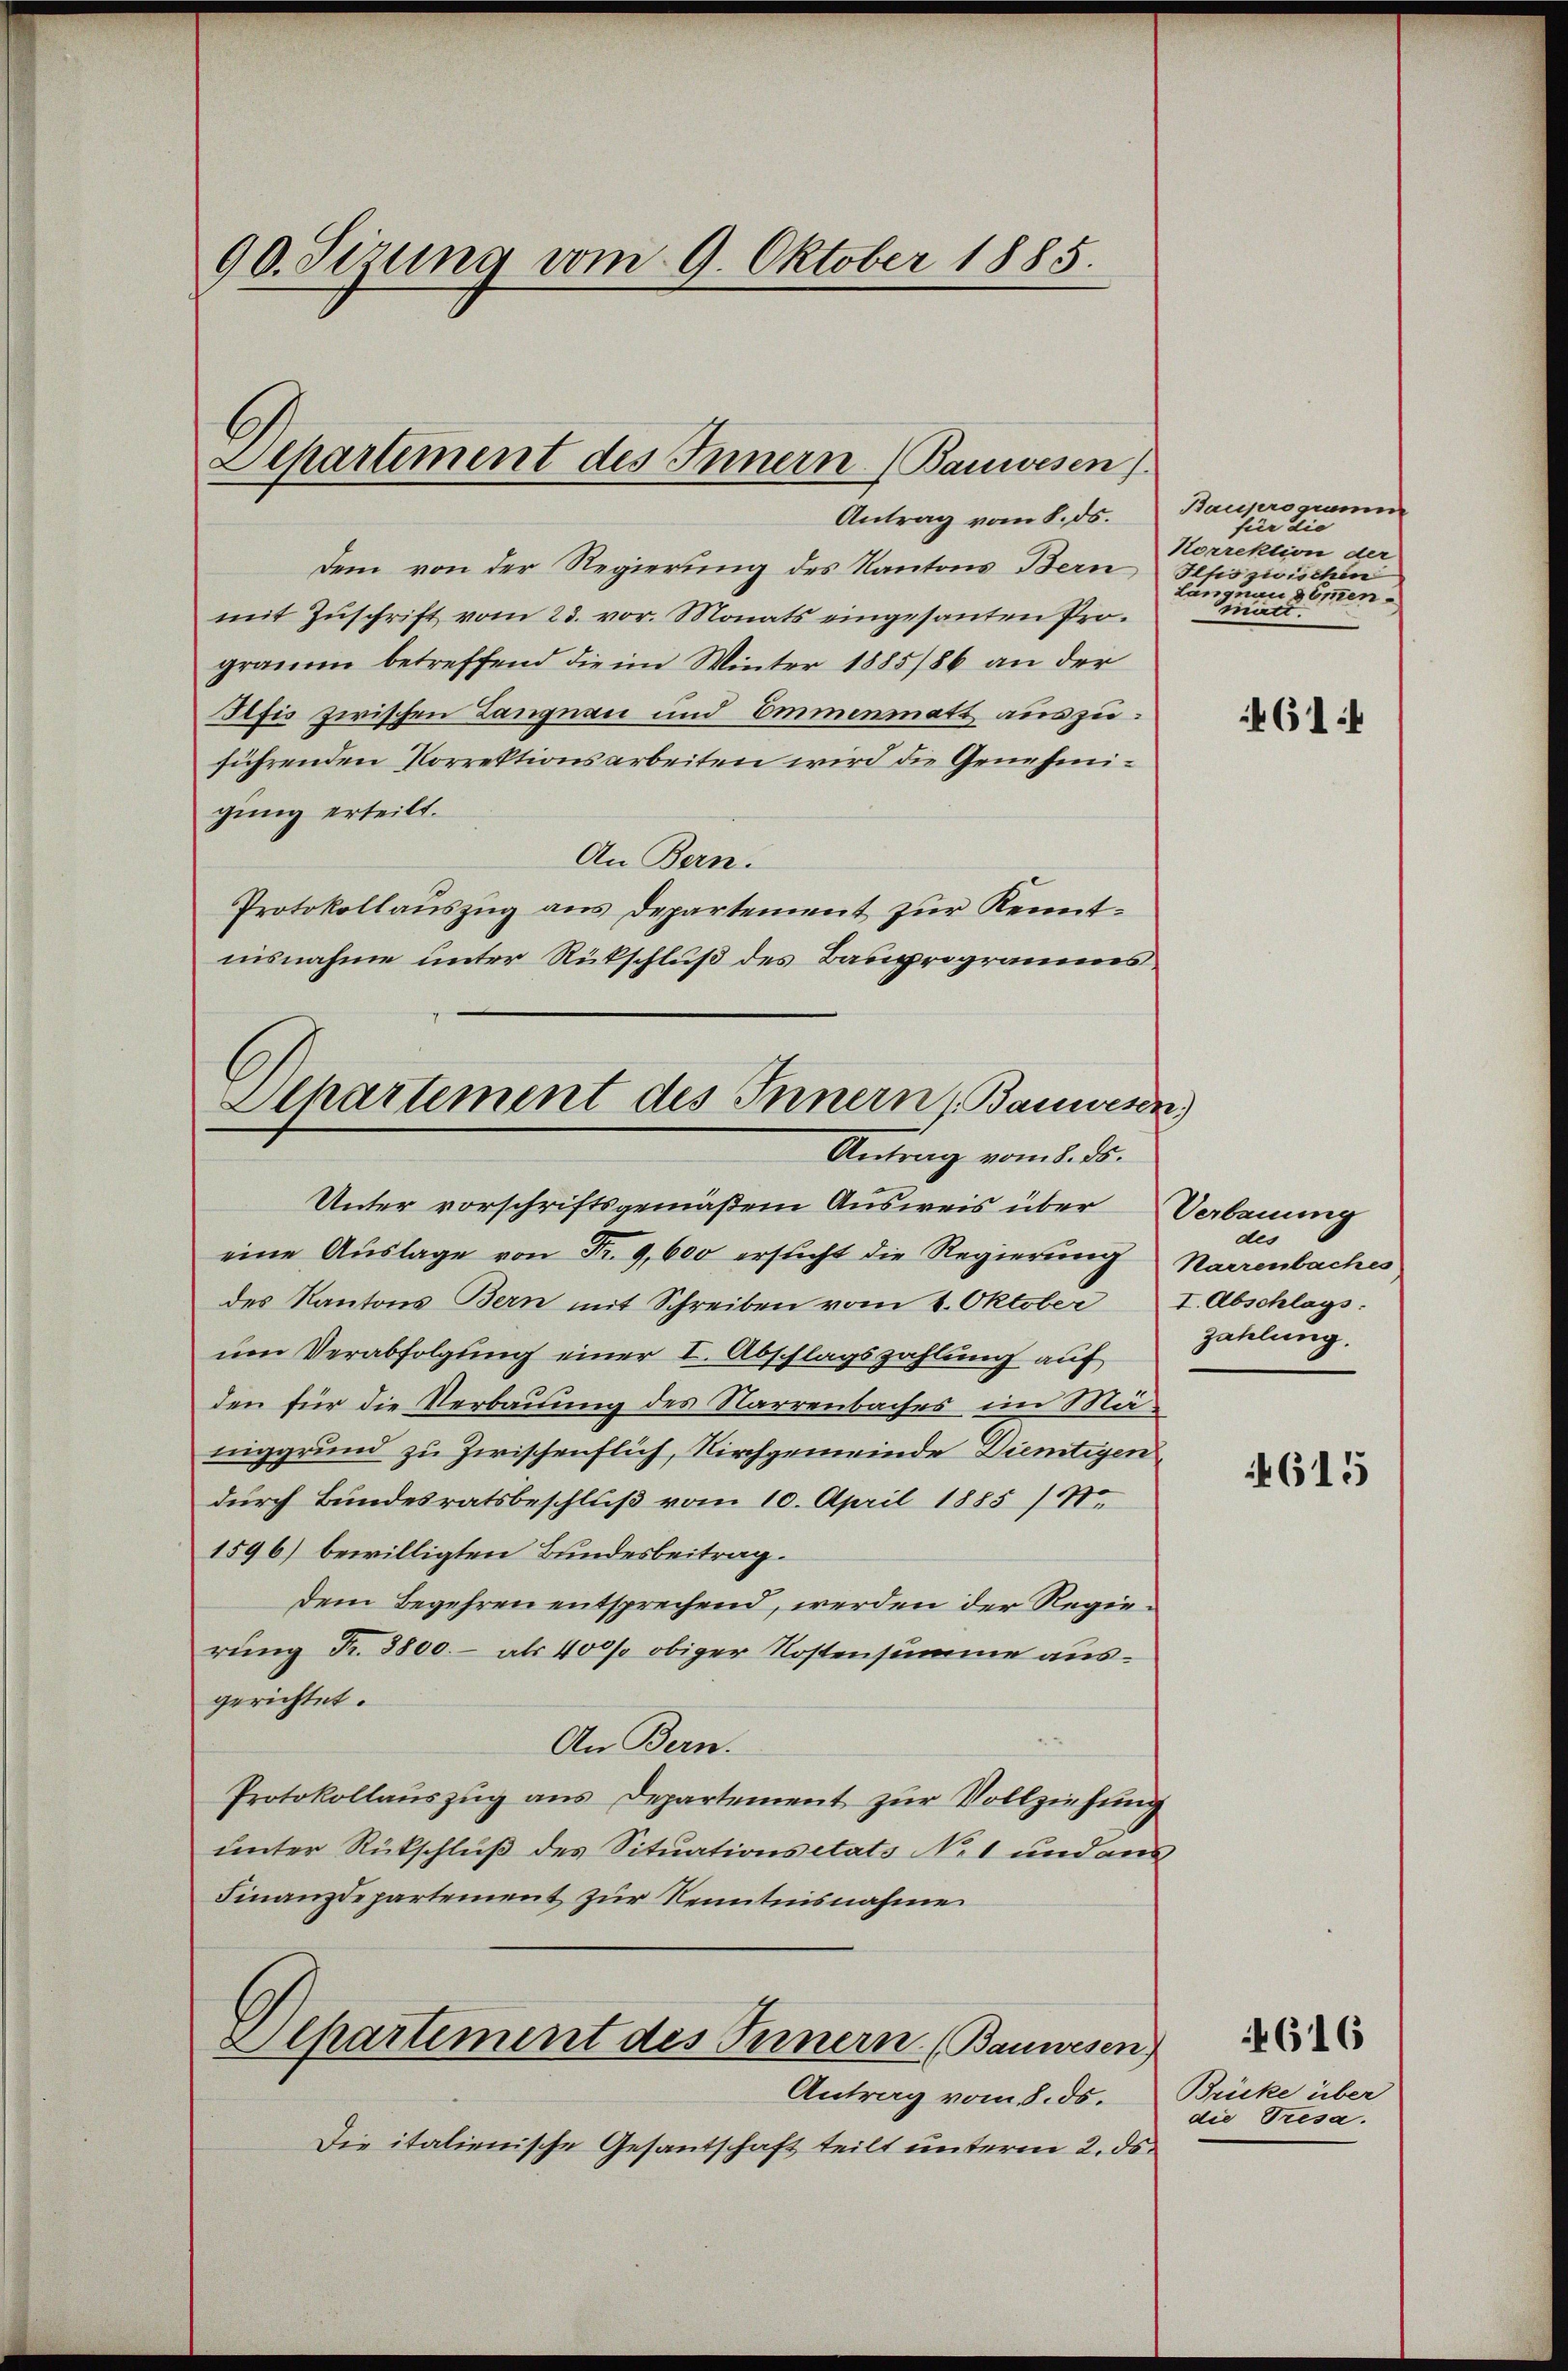
90. Sirung vom 9. Oktober 1885.

Separtiment des Innern. (Bauwesen).
Antrag vom 8. ds.

Dem von der Regierung des Kantons Bern Iltis zwischen
mit Zŭschrift vom 23. vor. Monats eingesanten Pro-
graum betreffend die im Winter 1885/86 an der
Sifis zwischen Langnau und Emmenmatt auszuführenden Vorrektionsarbeiten wird die Genehmigung erteilt.
An Bern.
Protokollauszug aus Departement zur Kenntnisnahme unter Rückschluß des Bauprogramms
Unter vorschriftsgemäßen Ausweis über Verbauung
eine Auslage von Fr. 9,600 ersucht die Regierung
des Kantons Bern mit Schreiben vom 1. Oktober I. Abschlags:
um Verabfolgung einer I. Abschlagszahlung auf
den für die Verbauung des Narrenbaches im Mäniggrund zu Zwischenflich, Kirchgemeinde Diemtigen
durch Bundesratsbeschluß vom 10. April 1885) S.
1596) bewilligten Bundesbeitrag.
dem Begehren entsprechend, werden der Regierung Fr. 3800.- als 400 obiger Kostensumme ausgerichtet.
An Bern.
Protokollaŭszŭg ans Departement zŭr Vollziehung
unter Rückschluß des Situationsetats No. 1 und aus
Finanzdepartement zur Kenntnisnahme

Olhartement des Innern, Bauwesen)
Antrag vom 8. ds.

Antrag vom 8. ds.
Die italienische Gesandtschaft teilt unterm 2. ds.

Alpartement des Innern (Bauwesen)

Bauprogramm
für die
Norrektion der
läugnen Sommen.
mitt

61:

des
Harrenbaches
zahlung.

615

616
Brücke über
die Tresa.